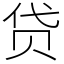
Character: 贷